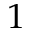
1